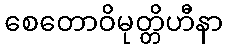
စေတောဝိမုတ္တိဟီနာ